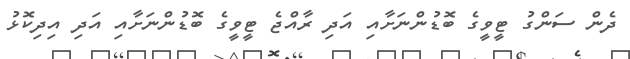
ދެން ސަންގު ޓީވީގެ ބޮޑުންނަށާއި އަދި ރާއްޖެ ޓީވީގެ ބޮޑުންނަށާއި އަދި އިދިކޮޅު